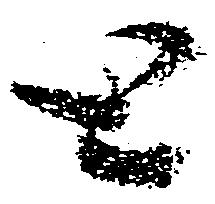
と